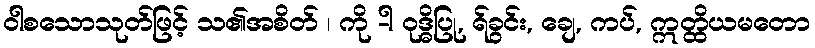
ဝါစသောသုတ်ဖြင့် သ၏အစိတ် ၊ ကို -ါ ဝုဒ္ဓိပြု, ရ်ခွင်း, ချေ, ကပ်, ဣတ္ထိယမတော